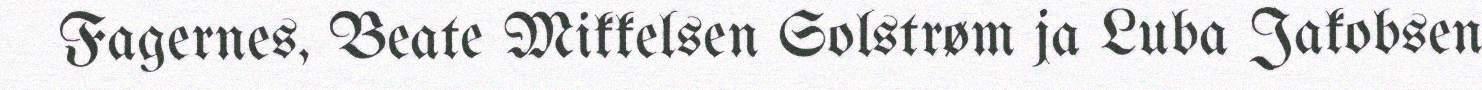
Fagernes, Beate Mikkelsen Solstrøm ja Luba Jakobsen